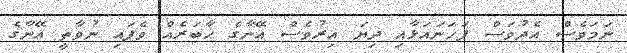
ނަމަވެސް އެދުވަސް ފަހަނައަޅާއި ދިޔަ އިރުވެސް އޭނާގެ ޚާބަރެއް ވެފައި ނުވާތީ އޭނާގެ